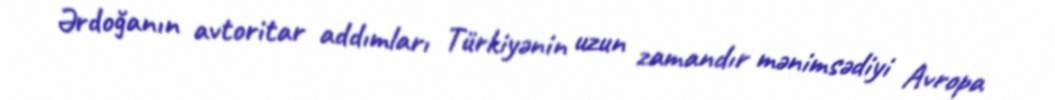
Ərdoğanın avtoritar addımları Türkiyənin uzun zamandır mənimsədiyi Avropa